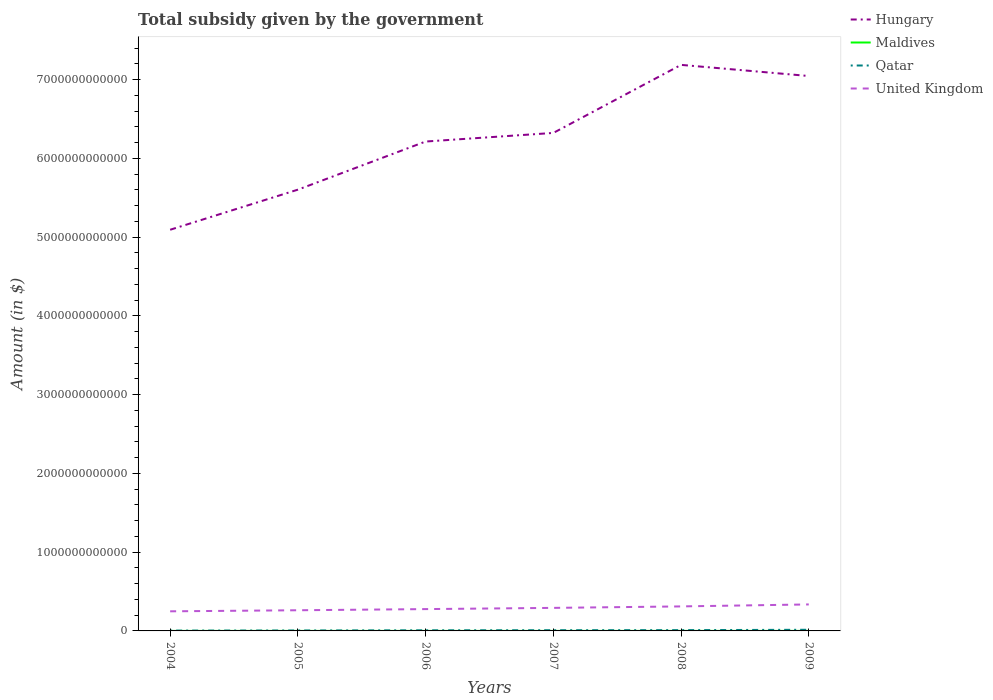
| Years | Hungary | Maldives | Qatar | United Kingdom |
 | --- | --- | --- | --- | --- |
 | 2004 | 5.09e+12 | 4.87e+07 | 4.11e+09 | 2.49e+11 |
 | 2005 | 5.6e+12 | 2.28e+08 | 5.51e+09 | 2.62e+11 |
 | 2006 | 6.21e+12 | 1.5e+08 | 7.79e+09 | 2.77e+11 |
 | 2007 | 6.32e+12 | 1.68e+08 | 8.92e+09 | 2.93e+11 |
 | 2008 | 7.19e+12 | 4.79e+08 | 9.95e+09 | 3.11e+11 |
 | 2009 | 7.04e+12 | 4.22e+08 | 1.45e+10 | 3.36e+11 |